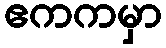
ဧကကမှာ